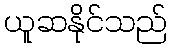
ယူဆနိုင်သည်